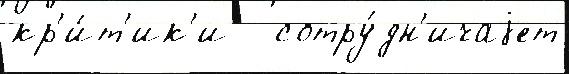
кр'и́т'ик'и   сотру́дн'ичаjет